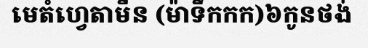
មេតំហ្វេតាមីន (ម៉ាទឹកកក)៦កូនថង់